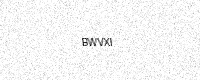
Text: BWVXI